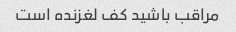
مراقب باشید کف لغزنده است